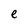
Character: e